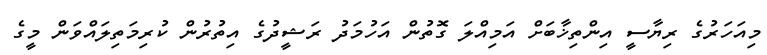
މިއަހަރުގެ ރިޔާސީ އިންތިޚާބަށް އަމިއްލަ ގޮތުން އަހުމަދު ރަޝީދުގެ އިތުރުން ކުރިމަތިލައްވަން މީގެ